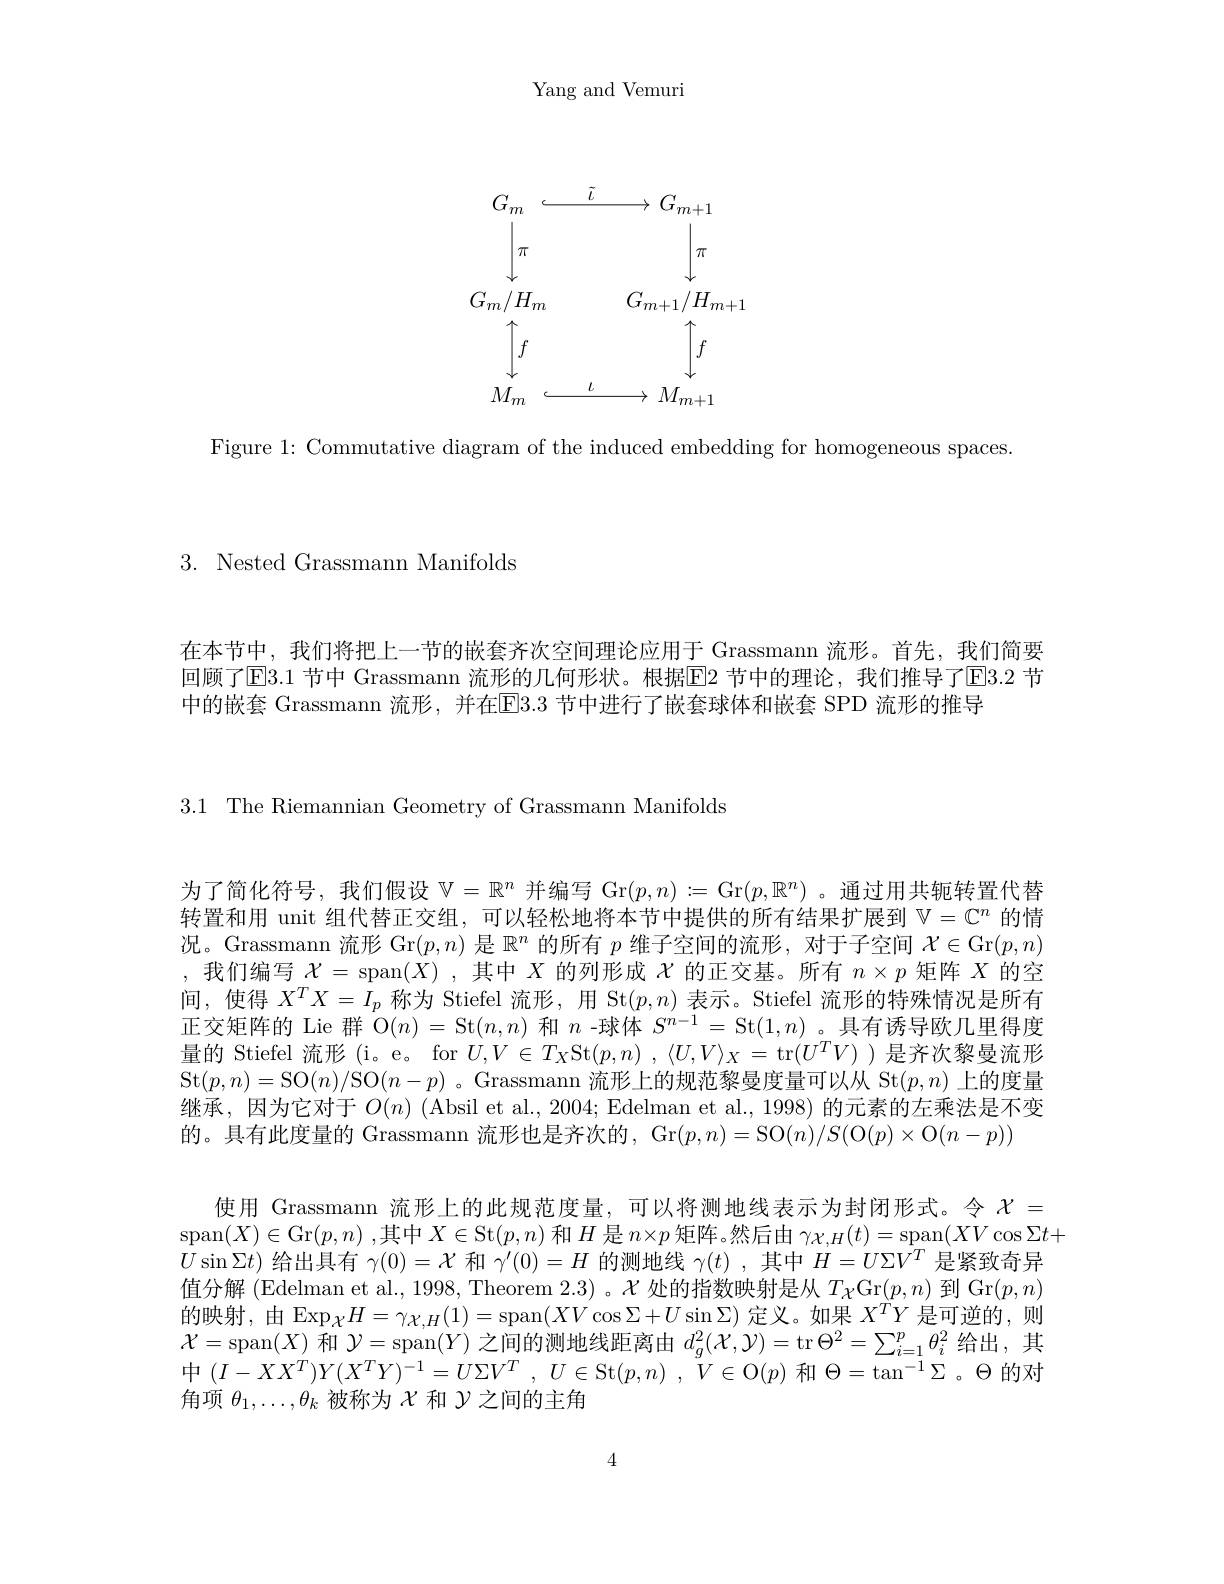
Yang and Vemuri
$$\begin{array}{ccc}G_m&\xrightarrow{\tilde t}&G_{m+1}\\\downarrow\pi&&\downarrow\pi\\G_m/H_m&&G_{m+1}/H_{m+1}\\\uparrow f&&\uparrow f\\M_m&\xrightarrow{\iota}&M_{m+1}\end{array}$$
Figure 1: Commutative diagram of the induced embedding for homogeneous spaces.

3. Nested Grassmann Manifolds

在本节中，我们将把上一节的嵌套齐次空间理论应用于 Grassmann 流形。首先，我们简要回顾了$\overline{\mathrm{E}}3.1$ 节中 Grassmann 流形的几何形状。根据$\overline{\mathrm{E}}2$ 节中的理论，我们推导了$\overline{\mathrm{E}}3.2$ 节中的嵌套 Grassmann 流形，并在E3.3节中进行了嵌套球体和嵌套 SPD 流形的推导

3.1 The Riemannian Geometry of Grassmann Manifolds

为了简化符号，我们假设$\mathbb{V}=\mathbb{R}^n$并编写 Gr$(p,n):=\operatorname{Gr}(p,\mathbb{R}^n)$ 。通过用共轭转置代替转置和用 unit 组代替正交组，可以轻松地将本节中提供的所有结果扩展到$\mathbb{V}=\mathbb{C}^n$的情况。Grassmann 流形 Gr$(p,n)$是$\mathbb{R}^n$的所有$p$维子空间的流形，对于子空间$\mathcal{X} \in$Gr$( p, n)$ ,我们编写$\mathcal{X}=$ span$(X)$ ,其中$X$的列形成$\chi$的正交基。所有$n\times p$矩阵$X$的空间，使得$X^TX=I_p$称为 Stiefel 流形，用 St$(p,n)$表示。Stiefel 流形的特殊情况是所有正交矩阵的 Lie 群$\dot{\mathcal{O}}(n)=\operatorname{St}(n,n)$和$n$ -球体$S^n-1=\operatorname{St}(1,n)$ 。具有诱导欧几里得度量的 Stiefel 流形 (i。e。for $U,V\in T_X$St$( p, n)$ $, \langle U, V\rangle _X=$ tr$(U^TV)$ )是齐次黎曼流形St$(p,n)=$SO$(n)/$SO$(n-p)$ 。Grassmann 流形上的规范黎曼度量可以从 St$(p,n)$上的度量继承，因为它对于$O(n)$ (Absil et al., 2004; Edelman et al., 1998) 的元素的左乘法是不变的。具有此度量的 Grassmann 流形也是齐次的，Gr$( p, n) =$SO$( n) / S($O$( p) \times$O$( n- p) )$
使用 Grassmann 流形上的此规范度量，可以将测地线表示为封闭形式。令$\chi=$
span$(X)\in$Gr$(p,n)$ ,其中$X\in$St$(p,n)$和$H$是$n\times p$矩阵。然后由$\gamma\chi,H(t)=$span$(XV\cos\Sigma t+$
$U\sin\Sigma t)$给出具有$\gamma(0)=\mathcal{X}$和$\gamma^\prime(0)=H$的测地线$\gamma(t)$ ,其中$H=U\Sigma V^T$是紧致奇异值分解 (Edelman et al., 1998, Theorem 2.3) 。$\mathcal{X}$处的指数映射是从$T_\mathcal{X}$Gr$(p,n)$到 Gr$(p,n)$ 的映射，由 Exp$_\mathcal{X}H=\gamma_\mathcal{X},H(1)=$span$(XV\cos\Sigma+U\sin\Sigma)$定义。如果$X^TY$是可逆的，则$\mathcal{X}=$span$(X)$和$\mathcal{Y}=$span$(Y)$之间的测地线距离由$d_g^2(\mathcal{X},\mathcal{Y})=$tr $\Theta^2=\sum_i=1^p\theta_i^2$给出，其中$( I- XX^T) Y( X^TY) ^{- 1}= U\Sigma V^T$ , $U\in$St$( p, n)$ , $\ddot{V} \in \mathcal{O} ( p)$和$\Theta=\tan^-1\Sigma$ 。$\Theta$的对角项$\theta_1,\ldots,\theta_k$被称为$\chi$和$\mathcal{Y}$之间的主角

4